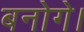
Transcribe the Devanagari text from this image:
बनोगे।